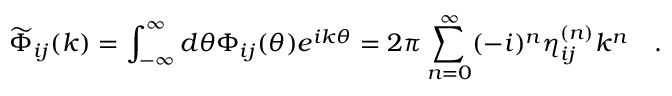
\widetilde { \Phi } _ { i j } ( k ) = \int _ { - \infty } ^ { \infty } d \theta \Phi _ { i j } ( \theta ) e ^ { i k \theta } = 2 \pi \sum _ { n = 0 } ^ { \infty } ( - i ) ^ { n } \eta _ { i j } ^ { ( n ) } k ^ { n } \quad .